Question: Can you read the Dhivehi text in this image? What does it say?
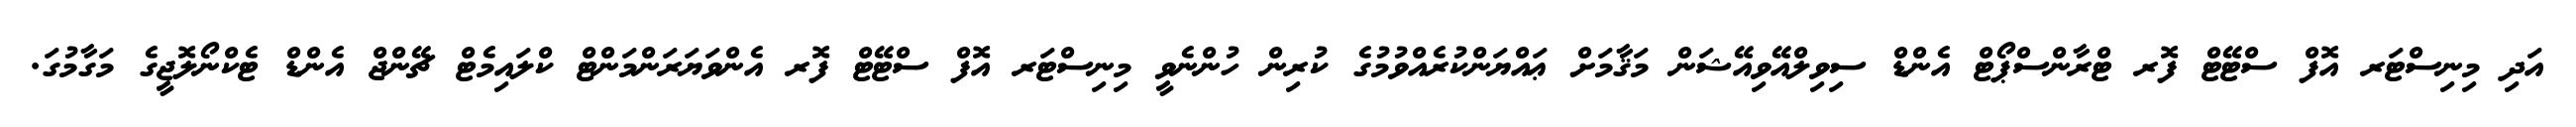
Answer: އަދި މިނިސްޓަރ އޮފް ސްޓޭޓް ފޮރ ޓްރާންސްޕޯޓް އެންޑް ސިވިލްއޭވިއޭޝަން މަޤާމަށް ޢައްޔަންކުރެއްވުމުގެ ކުރިން ހުންނެވީ މިނިސްޓަރ އޮފް ސްޓޭޓް ފޮރ އެންވަޔަރަންމަންޓް ކްލައިމެޓް ޗޭންޖް އެންޑް ޓެކްނޯލޮޖީގެ މަގާމުގަ.